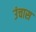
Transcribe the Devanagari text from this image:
उंचास